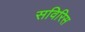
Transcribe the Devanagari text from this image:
सविरिस